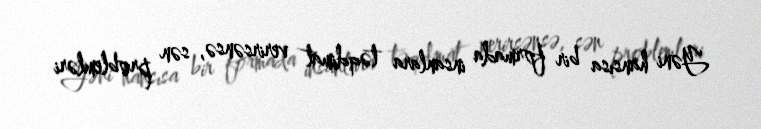
Yəni hansısa bir formada insanlara təqdimat verirsənsə, sən problemləri